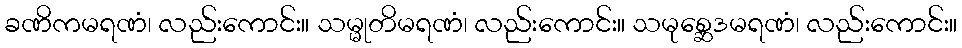
ခဏိကမရဏံ၊ လည်းကောင်း။ သမ္မုတိမရဏံ၊ လည်းကောင်း။ သမုစ္ဆေဒမရဏံ၊ လည်းကောင်း။